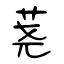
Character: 荛